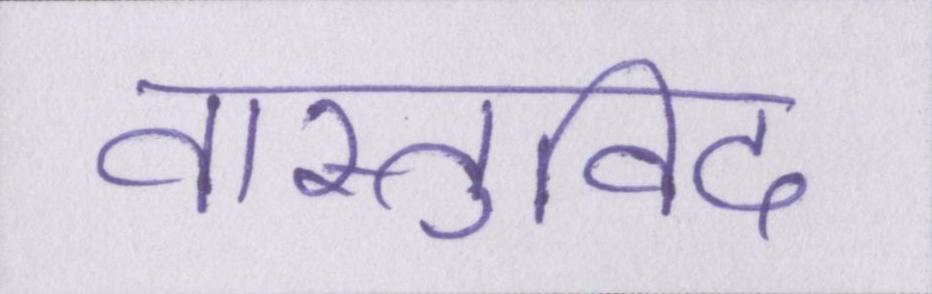
वास्तुविद